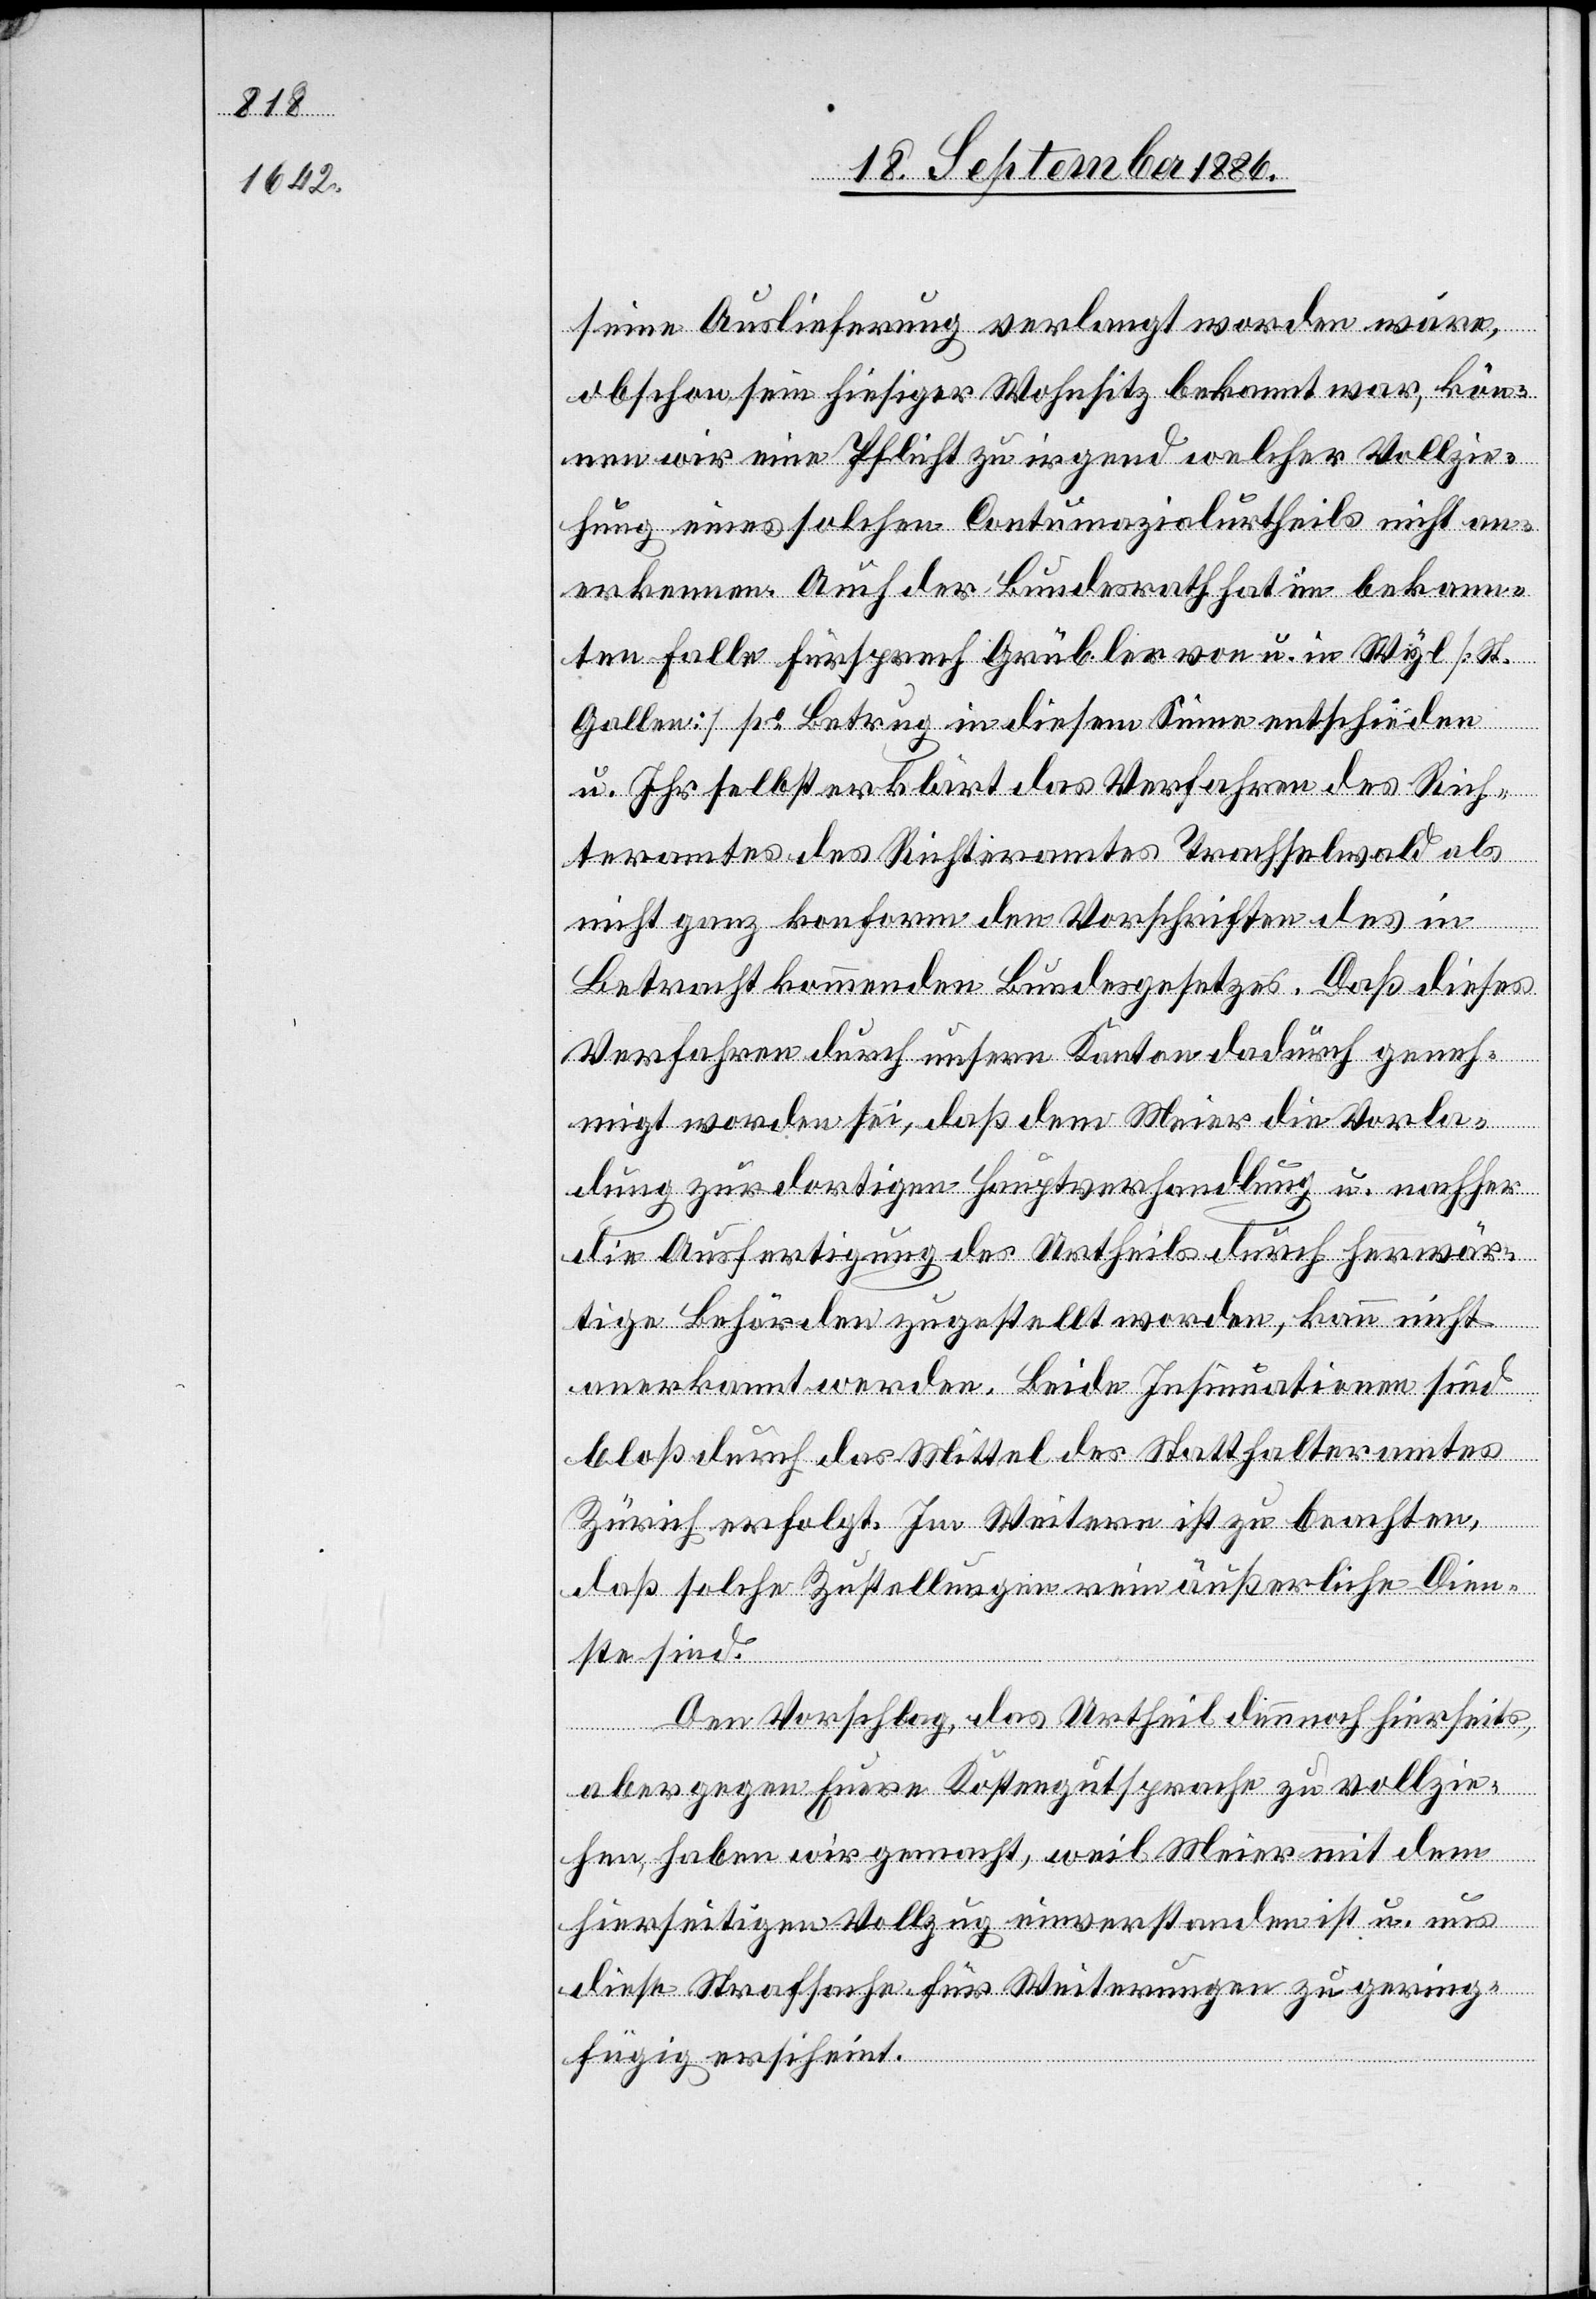
seine Auslieferung verlangt worden wäre,
obschon sein hiesiger Wohnort bekannt war, kön¬
nen wir eine Pflicht zu irgend welcher Vollzie¬
hung eines solchen Contumazialurtheils nicht an¬
erkennen. Auch der Bundesrath hat im bekann¬
ten Falle Fürsprech Grübler von u. in Wyl [St.
Gallen] po Betrug in diesem Sinne entschieden
u. Ihr selbst erklärt das Verfahren des Rich¬
teramtes des Richteramtes [sic!] Trachselwald als
nicht ganz konform den Vorschriften des in
Betracht kommenden Bundesgesetzes. Daß dieses
Verfahren durch unsern Kanton dadurch geneh¬
migt worden sei, daß dem Meier die Vorla¬
dung zur dortigen Hauptverhandlung u. nachher
die Ausfertigung des Urtheils durch herwär¬
tige Behörden zugestellt worden, kann nicht
anerkannt werden. Beide Insinuationen sind
bloß durch das Mittel des Statthalteramtes
Zürich erfolgt. Im Weitern ist zu beachten,
daß solche Zustellungen rein äußerliche Dien¬
ste sind.
Den Vorschlag, das Urtheil dennoch hierseits,
aber gegen Euere Kostengutsprache zu vollzie¬
hen, haben wir gemacht, weil Meier mit dem
hierseitigen Vollzug einverstanden ist u. uns
diese Strafsache für Weiterungen zu gering¬
fügig erscheint.